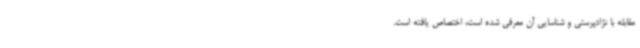
مقابله با نژادپرستی و شناسایی آن معرفی شده است، اختصاص یافته است.